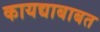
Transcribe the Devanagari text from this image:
कायद्याबाबत